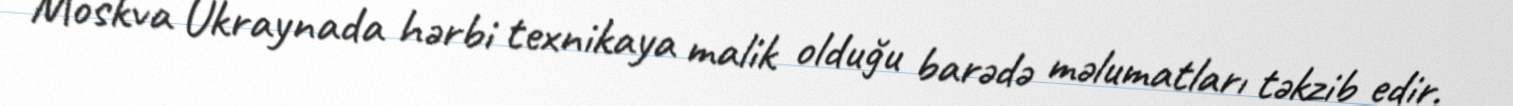
Moskva Ukraynada hərbi texnikaya malik olduğu barədə məlumatları təkzib edir.